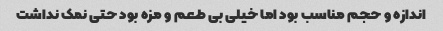
اندازه و حجم مناسب بود اما خیلی بی طعم و مزه بود حتی نمک نداشت